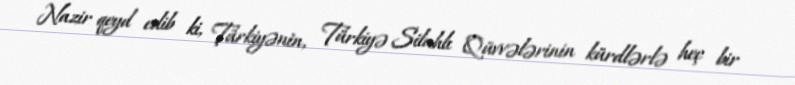
Nazir qeyd edib ki, Türkiyənin, Türkiyə Silahlı Qüvvələrinin kürdlərlə heç bir